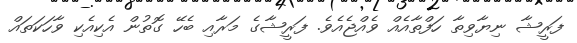
ފަރީޝާ ނިޔާވިތާ ހަފްތާއެއް ވެއްޖެއެވެ. ފަރީޝާގެ މަރާއި ބެހޭ ގޮތުން އެކިއެކި ވާހަކަތައް